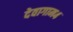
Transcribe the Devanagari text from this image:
देवागाम४